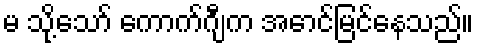
မ သို့သော် ကောက်ဂျီက အောင်မြင်နေသည်။